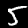
Label: 5